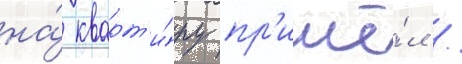
на́ кварт'и́ру пр'ишё́л /